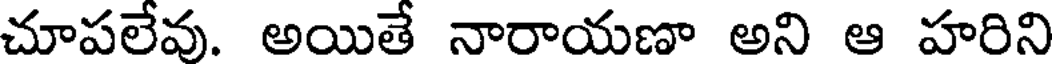
చూపలేవు. అయితే నారాయణా అని ఆ హరిని